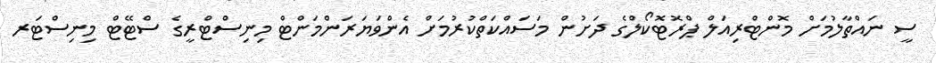
ސީ ނައްތާލުމަށް މޮންޓްރިއަލް ޕްރޮޓޮކޯލްގެ ދަށުން މަސައްކަތްކުރުމަށް އެންވަޔަރަންމަންޓް މިނިސްޓްރީގެ ސްޓޭޓް މިނިސްޓަރ